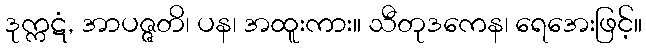
ဒုက္ကဋံ, အာပဇ္ဇတိ၊ ပန၊ အထူးကား။ သီတုဒကေန၊ ရေအေးဖြင့်။